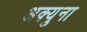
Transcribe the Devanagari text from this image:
अक्युना